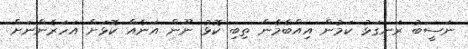
ނަސީބު ރަނގަޅު ކަމުން އިއްބެމެން ތިބި ކޮޅު ނޫން އަނެއް ކޮޅަށް އަހަރެންނަށް